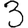
Digit: 3